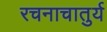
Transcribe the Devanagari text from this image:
रचनाचातुर्य